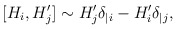
\begin{align*}[H_i, H_j^{\prime}] \sim H_j^{\prime}\delta_{|i} - H_i^{\prime}\delta_{|j},\end{align*}